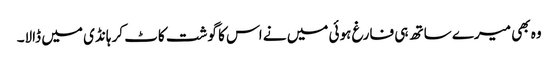
وہ بھی میرے ساتھ ہی فارغ ہوئی میں نے اس کا گوشت کاٹ کر ہانڈی میں ڈالا۔